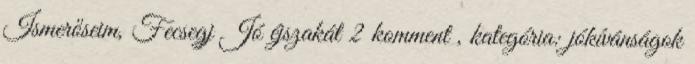
Ismerőseim, Fecsegj Jó éjszakát 2 komment , kategória: jókívánságok